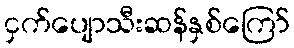
ငှက်ပျောသီးဆန်နှစ်ကြော်